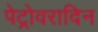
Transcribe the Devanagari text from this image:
पेट्रोवरादिन